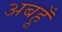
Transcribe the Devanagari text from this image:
अबहूँ